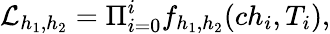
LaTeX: \mathcal{L}_{h_{1},h_{2}}=\Pi_{i=0}^{i}f_{h_{1},h_{2}}(ch_{i},T_{i}),